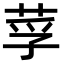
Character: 莩